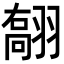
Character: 𦑽